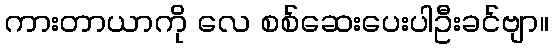
ကားတာယာကို လေ စစ်ဆေးပေးပါဦးခင်ဗျာ။